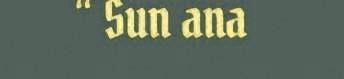
“ Sun ana